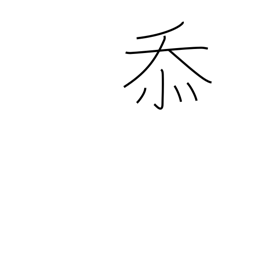
Meaning: grateful